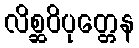
လိစ္ဆဝိပုတ္တေန